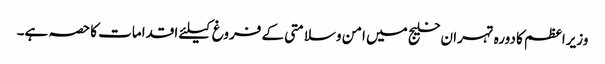
وزیراعظم کا دورہ تہران خلیج میں امن وسلامتی کے فروغ کیلئے اقدامات کا حصہ ہے۔